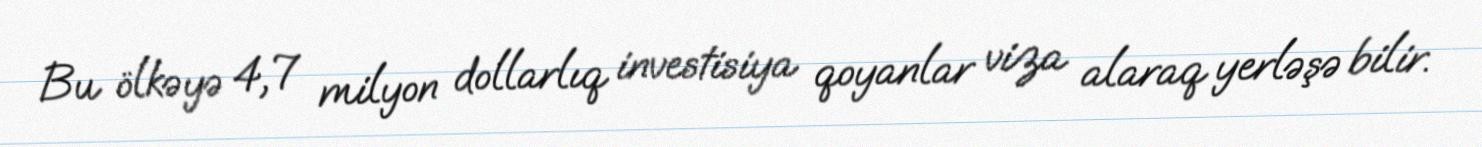
Bu ölkəyə 4,7 milyon dollarlıq investisiya qoyanlar viza alaraq yerləşə bilir.